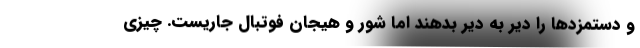
و دستمزدها را دیر به دیر بدهند اما شور و هیجان فوتبال جاریست. چیزی